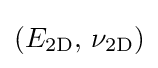
(E_{\mathrm {2D} },\,\nu _{\mathrm {2D} })